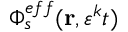
\Phi _ { s } ^ { e f f } ( \mathbf { r } , \varepsilon ^ { k } t )